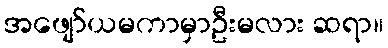
အဖျော်ယမကာမှာဦးမလား ဆရာ။